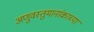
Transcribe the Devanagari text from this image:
अणुवस्तुमानांकाच्या